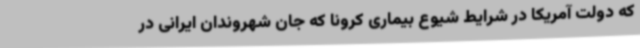
که دولت آمریکا در شرایط شیوع بیماری کرونا که جان شهروندان ایرانی در